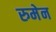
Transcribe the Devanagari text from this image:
रुमेन